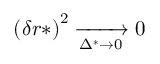
\left( \delta r * \right) ^ { 2 } \xrightarrow [ \Delta ^ { * } \to 0 ] { } 0